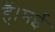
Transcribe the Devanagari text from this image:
हैं।मई